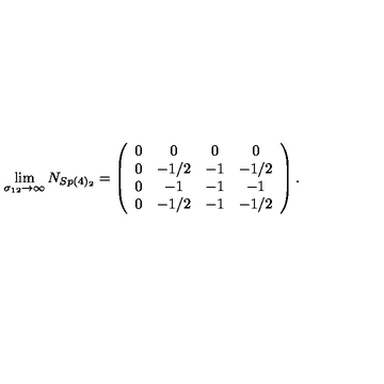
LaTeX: \lim _ { \sigma _ { 1 2 } \rightarrow \infty } N _ { S p ( 4 ) _ { 2 } } = \left( \begin{array} { c c c c } { 0 } & { 0 } & { 0 } & { 0 } \\ { 0 } & { - 1 / 2 } & { - 1 } & { - 1 / 2 } \\ { 0 } & { - 1 } & { - 1 } & { - 1 } \\ { 0 } & { - 1 / 2 } & { - 1 } & { - 1 / 2 } \\ \end{array} \right) .